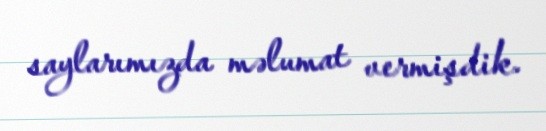
saylarımızda məlumat vermişdik.